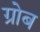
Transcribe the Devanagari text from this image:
ग्रोब